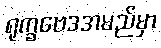
ရုက္ခဗေဒအမည်မှာ